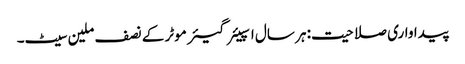
پیداواری صلاحیت: ہر سال اسپیئر گیئر موٹر کے نصف ملین سیٹ۔